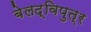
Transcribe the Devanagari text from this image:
बेलद्विपुत्र